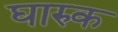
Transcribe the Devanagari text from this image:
घारुक